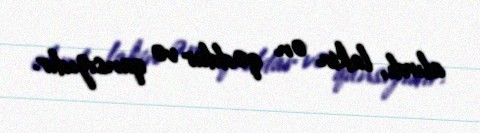
alırdı, lakin ən qəddar və qansızıdır.